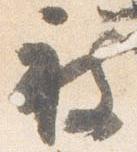
被